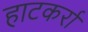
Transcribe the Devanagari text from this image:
हाटकर्रा